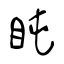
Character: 盹